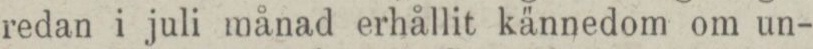
redan i juli månad erhållit kännedom om un-